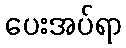
ပေးအပ်ရာ